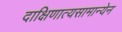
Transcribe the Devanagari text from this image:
दाक्षिणात्यसामान्येन